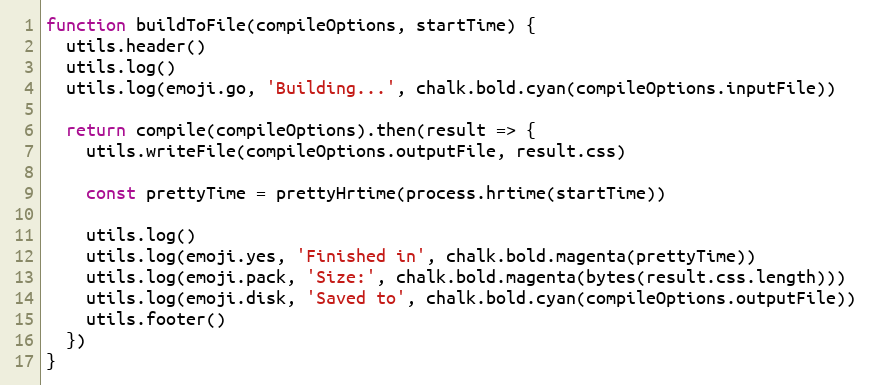
Language: JavaScript
function buildToFile(compileOptions, startTime) {
  utils.header()
  utils.log()
  utils.log(emoji.go, 'Building...', chalk.bold.cyan(compileOptions.inputFile))

  return compile(compileOptions).then(result => {
    utils.writeFile(compileOptions.outputFile, result.css)

    const prettyTime = prettyHrtime(process.hrtime(startTime))

    utils.log()
    utils.log(emoji.yes, 'Finished in', chalk.bold.magenta(prettyTime))
    utils.log(emoji.pack, 'Size:', chalk.bold.magenta(bytes(result.css.length)))
    utils.log(emoji.disk, 'Saved to', chalk.bold.cyan(compileOptions.outputFile))
    utils.footer()
  })
}